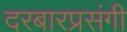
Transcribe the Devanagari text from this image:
दरबारप्रसंगी